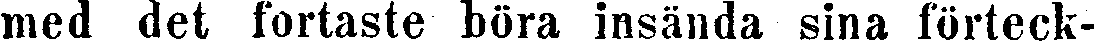
mcd det fortaste böra insända sina förteck-